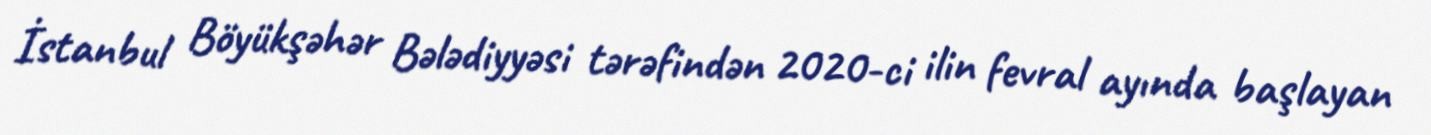
İstanbul Böyükşəhər Bələdiyyəsi tərəfindən 2020-ci ilin fevral ayında başlayan